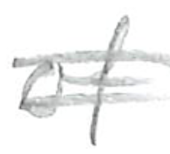
Text: of
Cross-out: double-line
Writing tool: pencil